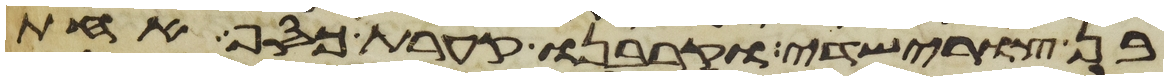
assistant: בן צורישדי וקרבנו קערת כסף אחת